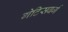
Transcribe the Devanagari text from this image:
गेटिसबर्ग